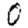
Digit: 0